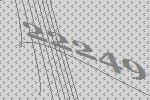
22249